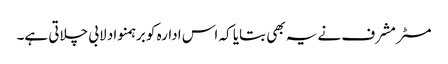
مسٹر مشرف نے یہ بھی بتایا کہ اس ادارہ کو برہمنواد لابی چلاتی ہے۔